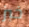
خبز